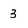
Character: 3